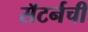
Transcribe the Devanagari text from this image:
सॅटर्नची